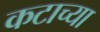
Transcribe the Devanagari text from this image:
कटाच्या